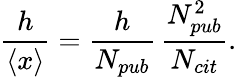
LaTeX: \frac{h}{\left\langle{x}\right\rangle}=\frac{h}{N_{pub}}\, \frac{N_{pub}^{2}}{N_{cit}}.